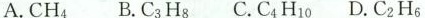
A.CH_{4} B.C_{3}H_{8} C.C_{4}H_{10} D.C_{2}H_{6}